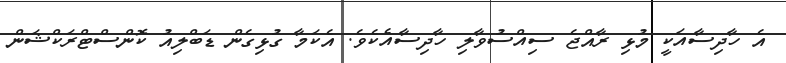
އެ ހާދިސާއަކީ މުޅި ރާއްޖެ ސިއްސުވާލި ހާދިސާއެކެވެ. އެކަމާ ގުޅިގެން ޑަބްލިއު ކޮންސްޓްރަކްޝަން